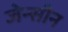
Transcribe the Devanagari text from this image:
जेन्सीन